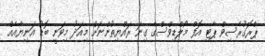
ޕްރޮގުރެސިވް ޕާޓި އޮފް މޯލްޑިވްސްގެ ގިނަ ރައްޔިތުންނަށް މިއަދު މިވަނީ ބޮޑު އަނިޔާއެއް